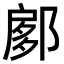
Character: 𨜽